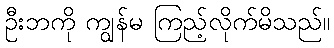
ဦးဘကို ကျွန်မ ကြည့်လိုက်မိသည်။